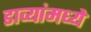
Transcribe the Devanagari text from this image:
डाव्यांमध्ये